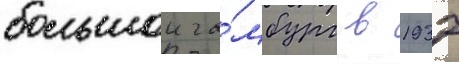
большои га́мбург в 1937